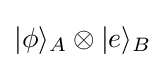
|\phi \rangle _{A}\otimes |e\rangle _{B}